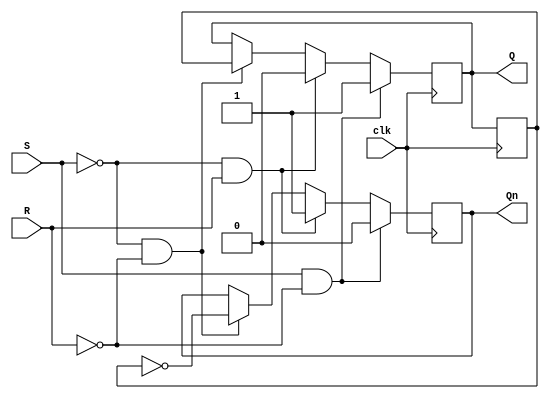
module SR_FF(
    input clk,
    input S,
    input R,
    output reg Q,
    output reg Qn
);

reg Q_prev;

always @(posedge clk) begin
    if (S & !R) begin
        Q <= 1'b1;
        Qn <= 1'b0;
    end else if (!S & R) begin
        Q <= 1'b0;
        Qn <= 1'b1;
    end else if (!S & !R) begin
        Q <= Q_prev;
        Qn <= ~Q_prev;
    end

    Q_prev <= Q;
end

endmodule